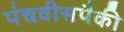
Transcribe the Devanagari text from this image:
पंचवीसपैकी